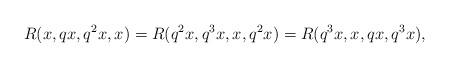
LaTeX: \begin{align*} R(x, qx, q^{2}x, x)=R(q^{2}x, q^{3}x, x, q^{2}x)=R(q^{3}x, x, qx, q^{3}x), \end{align*}